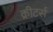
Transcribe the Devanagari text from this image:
क्रीटर्स